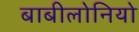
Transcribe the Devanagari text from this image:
बाबीलोनियो